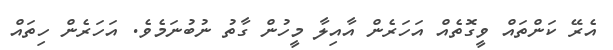
އެރޭ ކަންތައް ވީގޮތެއް އަހަރެން އާއިލާ މީހުން ގާތު ނުބުނަމެވެ. އަހަރެން ހިތައް